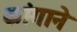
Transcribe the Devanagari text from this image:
कांगाने